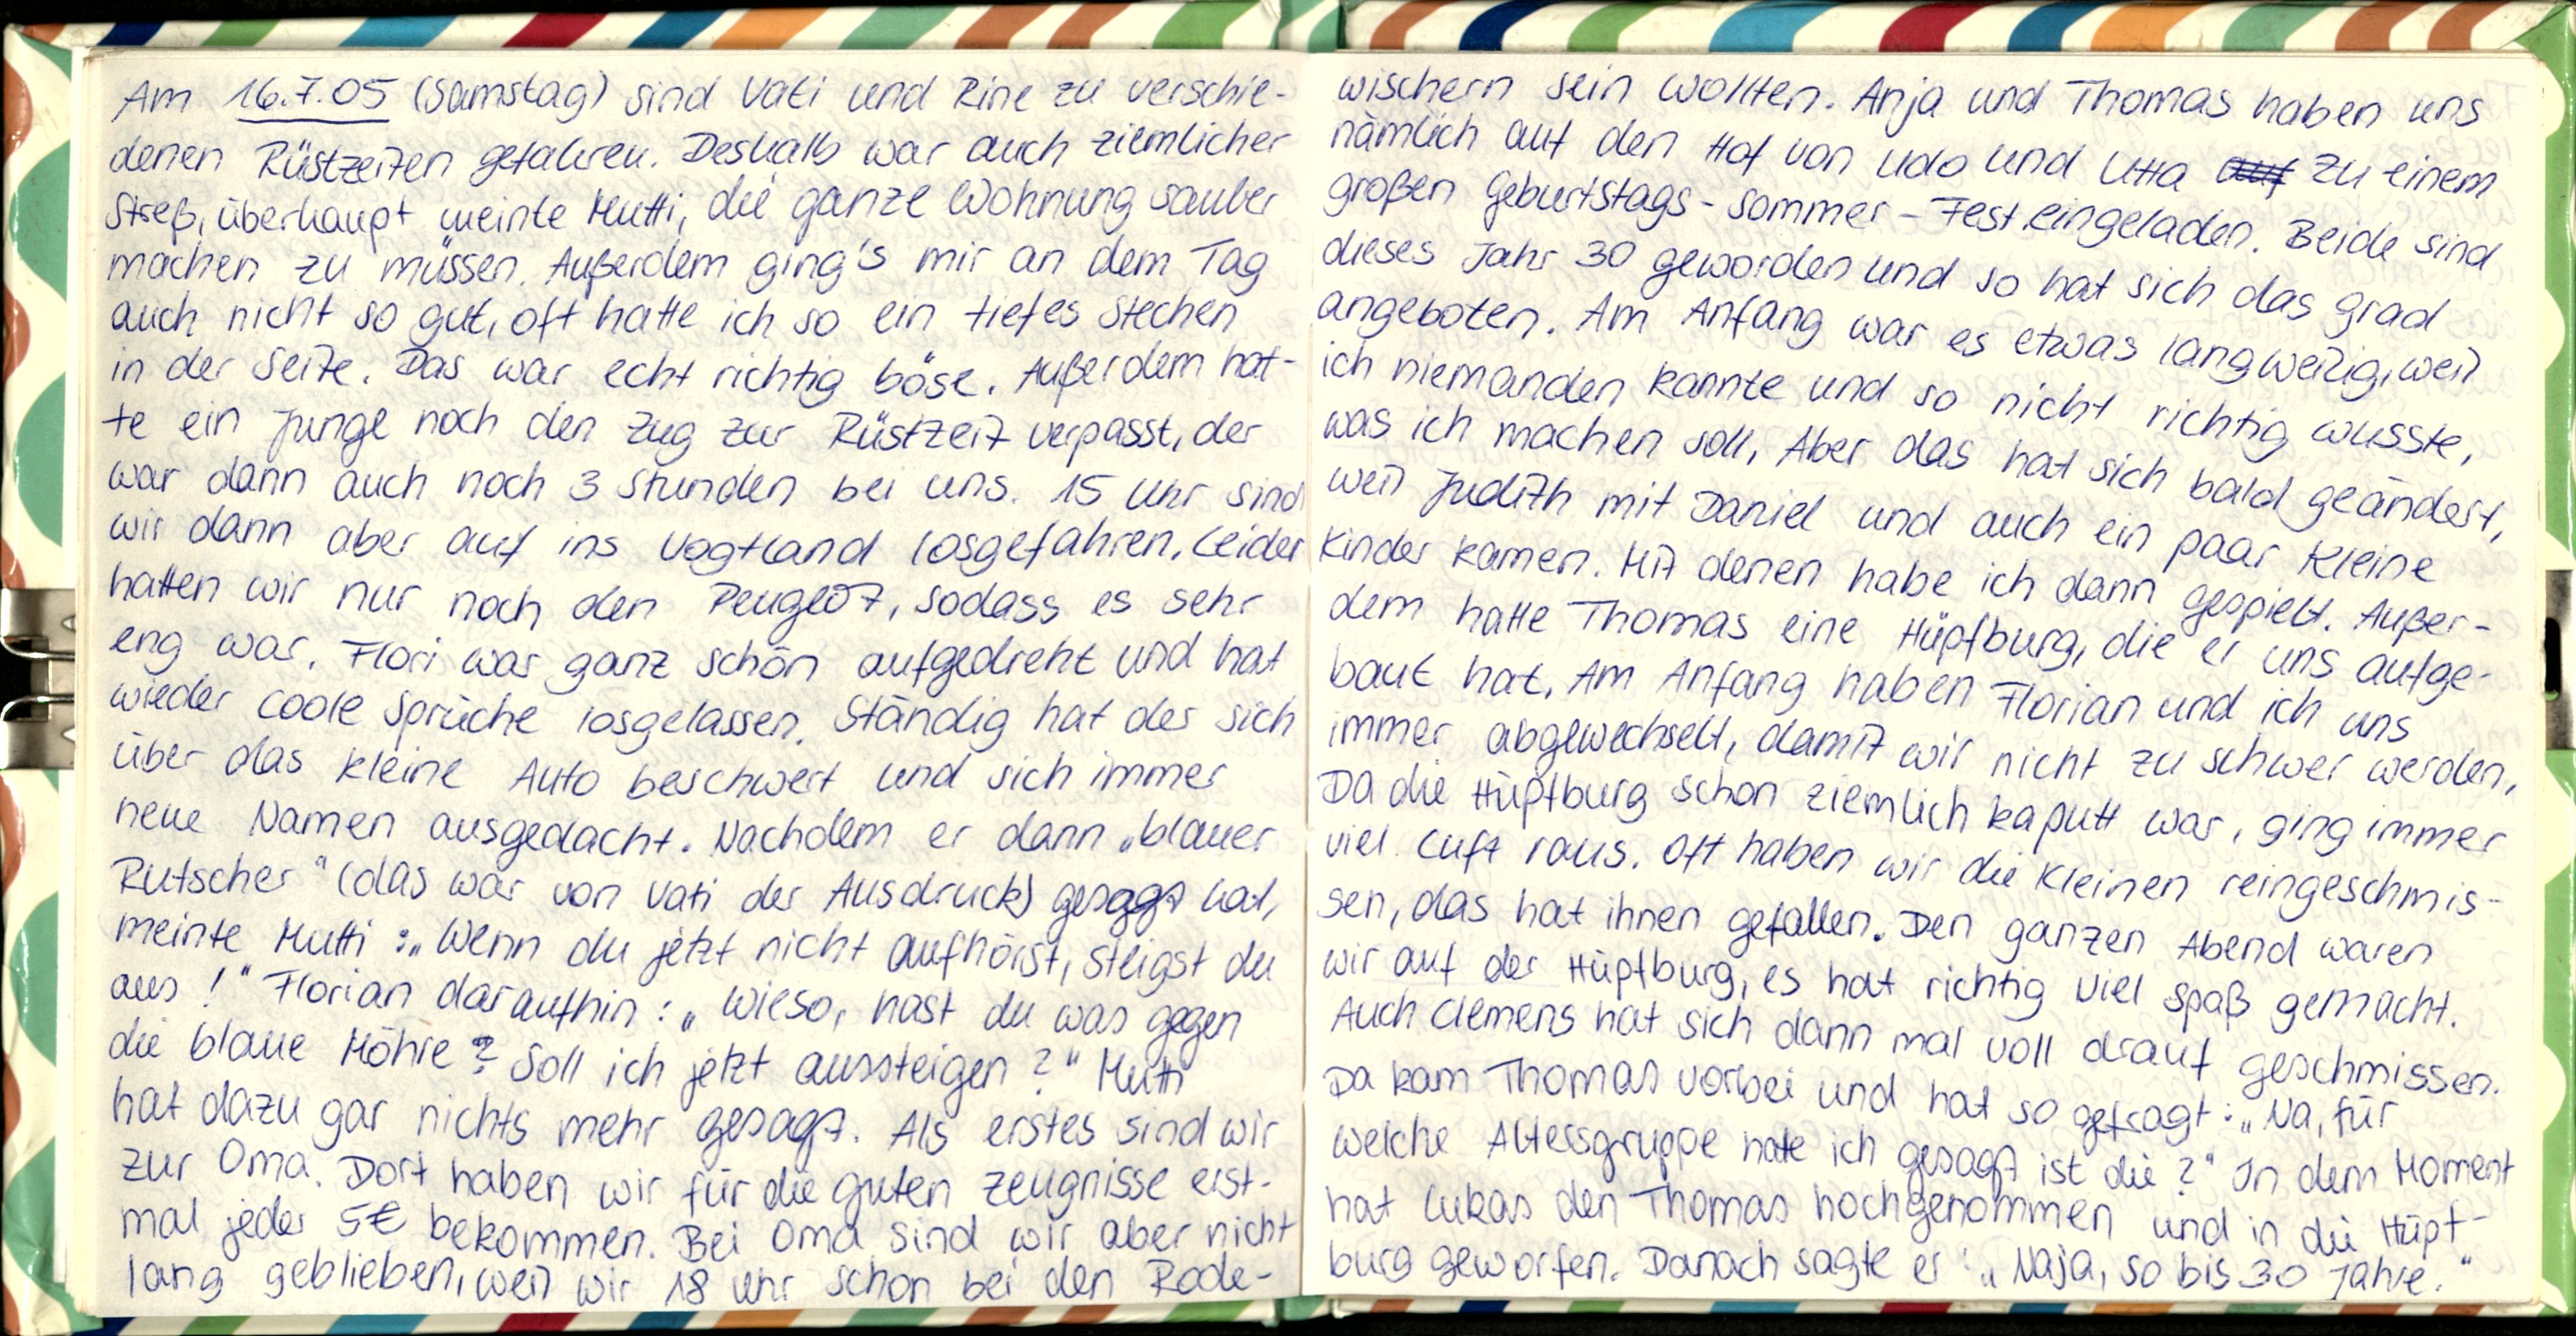
Am 16.7.05 (Samstag) sind Vati und Rine zu verschie-
denen Rüstzeiten gefahren. Deshalb war auch ziemlicher
Streß, überhaupt meinte Mutti, die ganze Wohnung sauber
machen zu müssen. Außerdem ging's mir an dem Tag
auch nicht so gut, oft hatte ich so ein tiefes Stechen
in der Seite. Das war echt richtig böse. Außerdem hat-
te ein Junge noch den Zug zur Rüstzeit verpasst, der
war dann auch noch 3 Stunden bei uns. 15 Uhr sind
wir dann aber auf ins Vogtland losgefahren. Leider
hatten wir nur noch den Peugeot, sodass es sehr
eng war. Flori war ganz schon aufgedreht und hat
wieder coole Sprüche losgelassen. Ständig hat der sich
über das kleine Auto beschwert und sich immer
neue Namen ausgedacht. Nachdem er dann „blauer
Rutscher" (das war von Vati der Ausdruck) gesagt hat,
meinte Mutti: „Wenn du jetzt nicht aufhörst, steigst du
aus!" Florian daraufhin: „Wieso, hast du was gegen
die blaue Möhre? Soll ich jetzt aussteigen?" Mutti
hat dazu gar nichts mehr gesagt. Als erstes sind wir
zur Oma. Dort haben wir für die guten Zeugnisse erst-
mal jeder 5€ bekommen. Bei Oma sind wir aber nicht
lang geblieben, weil wir 18 Uhr schon bei den Rode-

wischern sein wollten. Anja und Thomas haben uns
nämlich auf den Hof von Udo und Utta zu einem
großen Geburtstags-Sommer-Fest eingeladen. Beide sind
dieses Jahr 30 geworden und so hat sich das grad
angeboten. Am Anfang war es etwas langweilig, weil
ich niemanden kannte und so nicht richtig wusste
was ich machen soll. Aber das hat sich bald geändert,
weil Judith mit Daniel und auch ein paar kleine
Kinder kamen. Mit denen habe ich dann gespielt. Außer-
dem hatte Thomas eine Hüpfburg, die er uns aufge-
baut hat. Am Anfang haben Florian und ich uns
immer abgewechselt, damit wir nicht zu schwer werden,
Da die Hüpfburg schon ziemlich kaputt war, ging immer
viel Luft raus. Oft haben wir die Kleinen reingeschmis-
sen, das hat ihnen gefallen. Den ganzen Abend waren
wir auf der Hüpfburg, es hat richtig viel Spaß gemacht.
Auch Clemens hat sich dann mal voll drauf geschmissen.
Da kam Thomas vorbei und hat so gefragt: „Na, für
welche Altersgruppe hatte ich gesagt ist die?" In dem Moment
hat Lukas den Thomas hochgenommen und in die Hüpf-
burg geworfen. Danach sagte er: „Naja, so bis 30 Jahre."